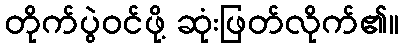
တိုက်ပွဲဝင်ဖို့ ဆုံးဖြတ်လိုက်၏။